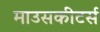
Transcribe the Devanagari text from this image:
माउसकीटर्स